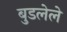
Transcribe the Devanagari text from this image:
बुडलेले